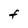
Character: F